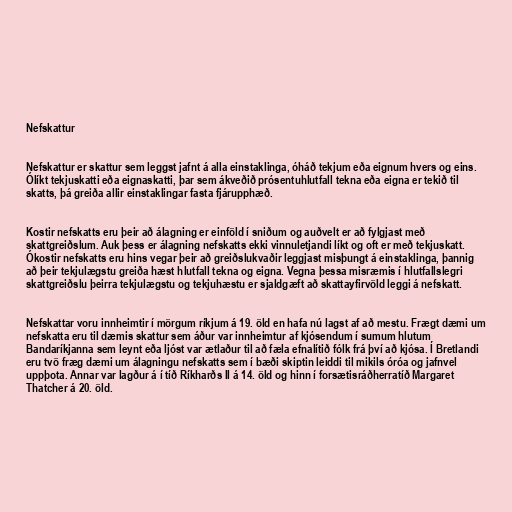
Nefskattur

Nefskattur er skattur sem leggst jafnt á alla einstaklinga, óháð tekjum eða eignum hvers og eins.
Ólíkt tekjuskatti eða eignaskatti, þar sem ákveðið prósentuhlutfall tekna eða eigna er tekið til
skatts, þá greiða allir einstaklingar fasta fjárupphæð.

Kostir nefskatts eru þeir að álagning er einföld í sniðum og auðvelt er að fylgjast með
skattgreiðslum. Auk þess er álagning nefskatts ekki vinnuletjandi líkt og oft er með tekjuskatt.
Ókostir nefskatts eru hins vegar þeir að greiðslukvaðir leggjast misþungt á einstaklinga, þannig
að þeir tekjulægstu greiða hæst hlutfall tekna og eigna. Vegna þessa misræmis í hlutfallslegri
skattgreiðslu þeirra tekjulægstu og tekjuhæstu er sjaldgæft að skattayfirvöld leggi á nefskatt.

Nefskattar voru innheimtir í mörgum ríkjum á 19. öld en hafa nú lagst af að mestu. Frægt dæmi um
nefskatta eru til dæmis skattur sem áður var innheimtur af kjósendum í sumum hlutum
Bandaríkjanna sem leynt eða ljóst var ætlaður til að fæla efnalítið fólk frá því að kjósa. Í Bretlandi
eru tvö fræg dæmi um álagningu nefskatts sem í bæði skiptin leiddi til mikils óróa og jafnvel
uppþota. Annar var lagður á í tíð Ríkharðs II á 14. öld og hinn í forsætisráðherratíð Margaret
Thatcher á 20. öld.